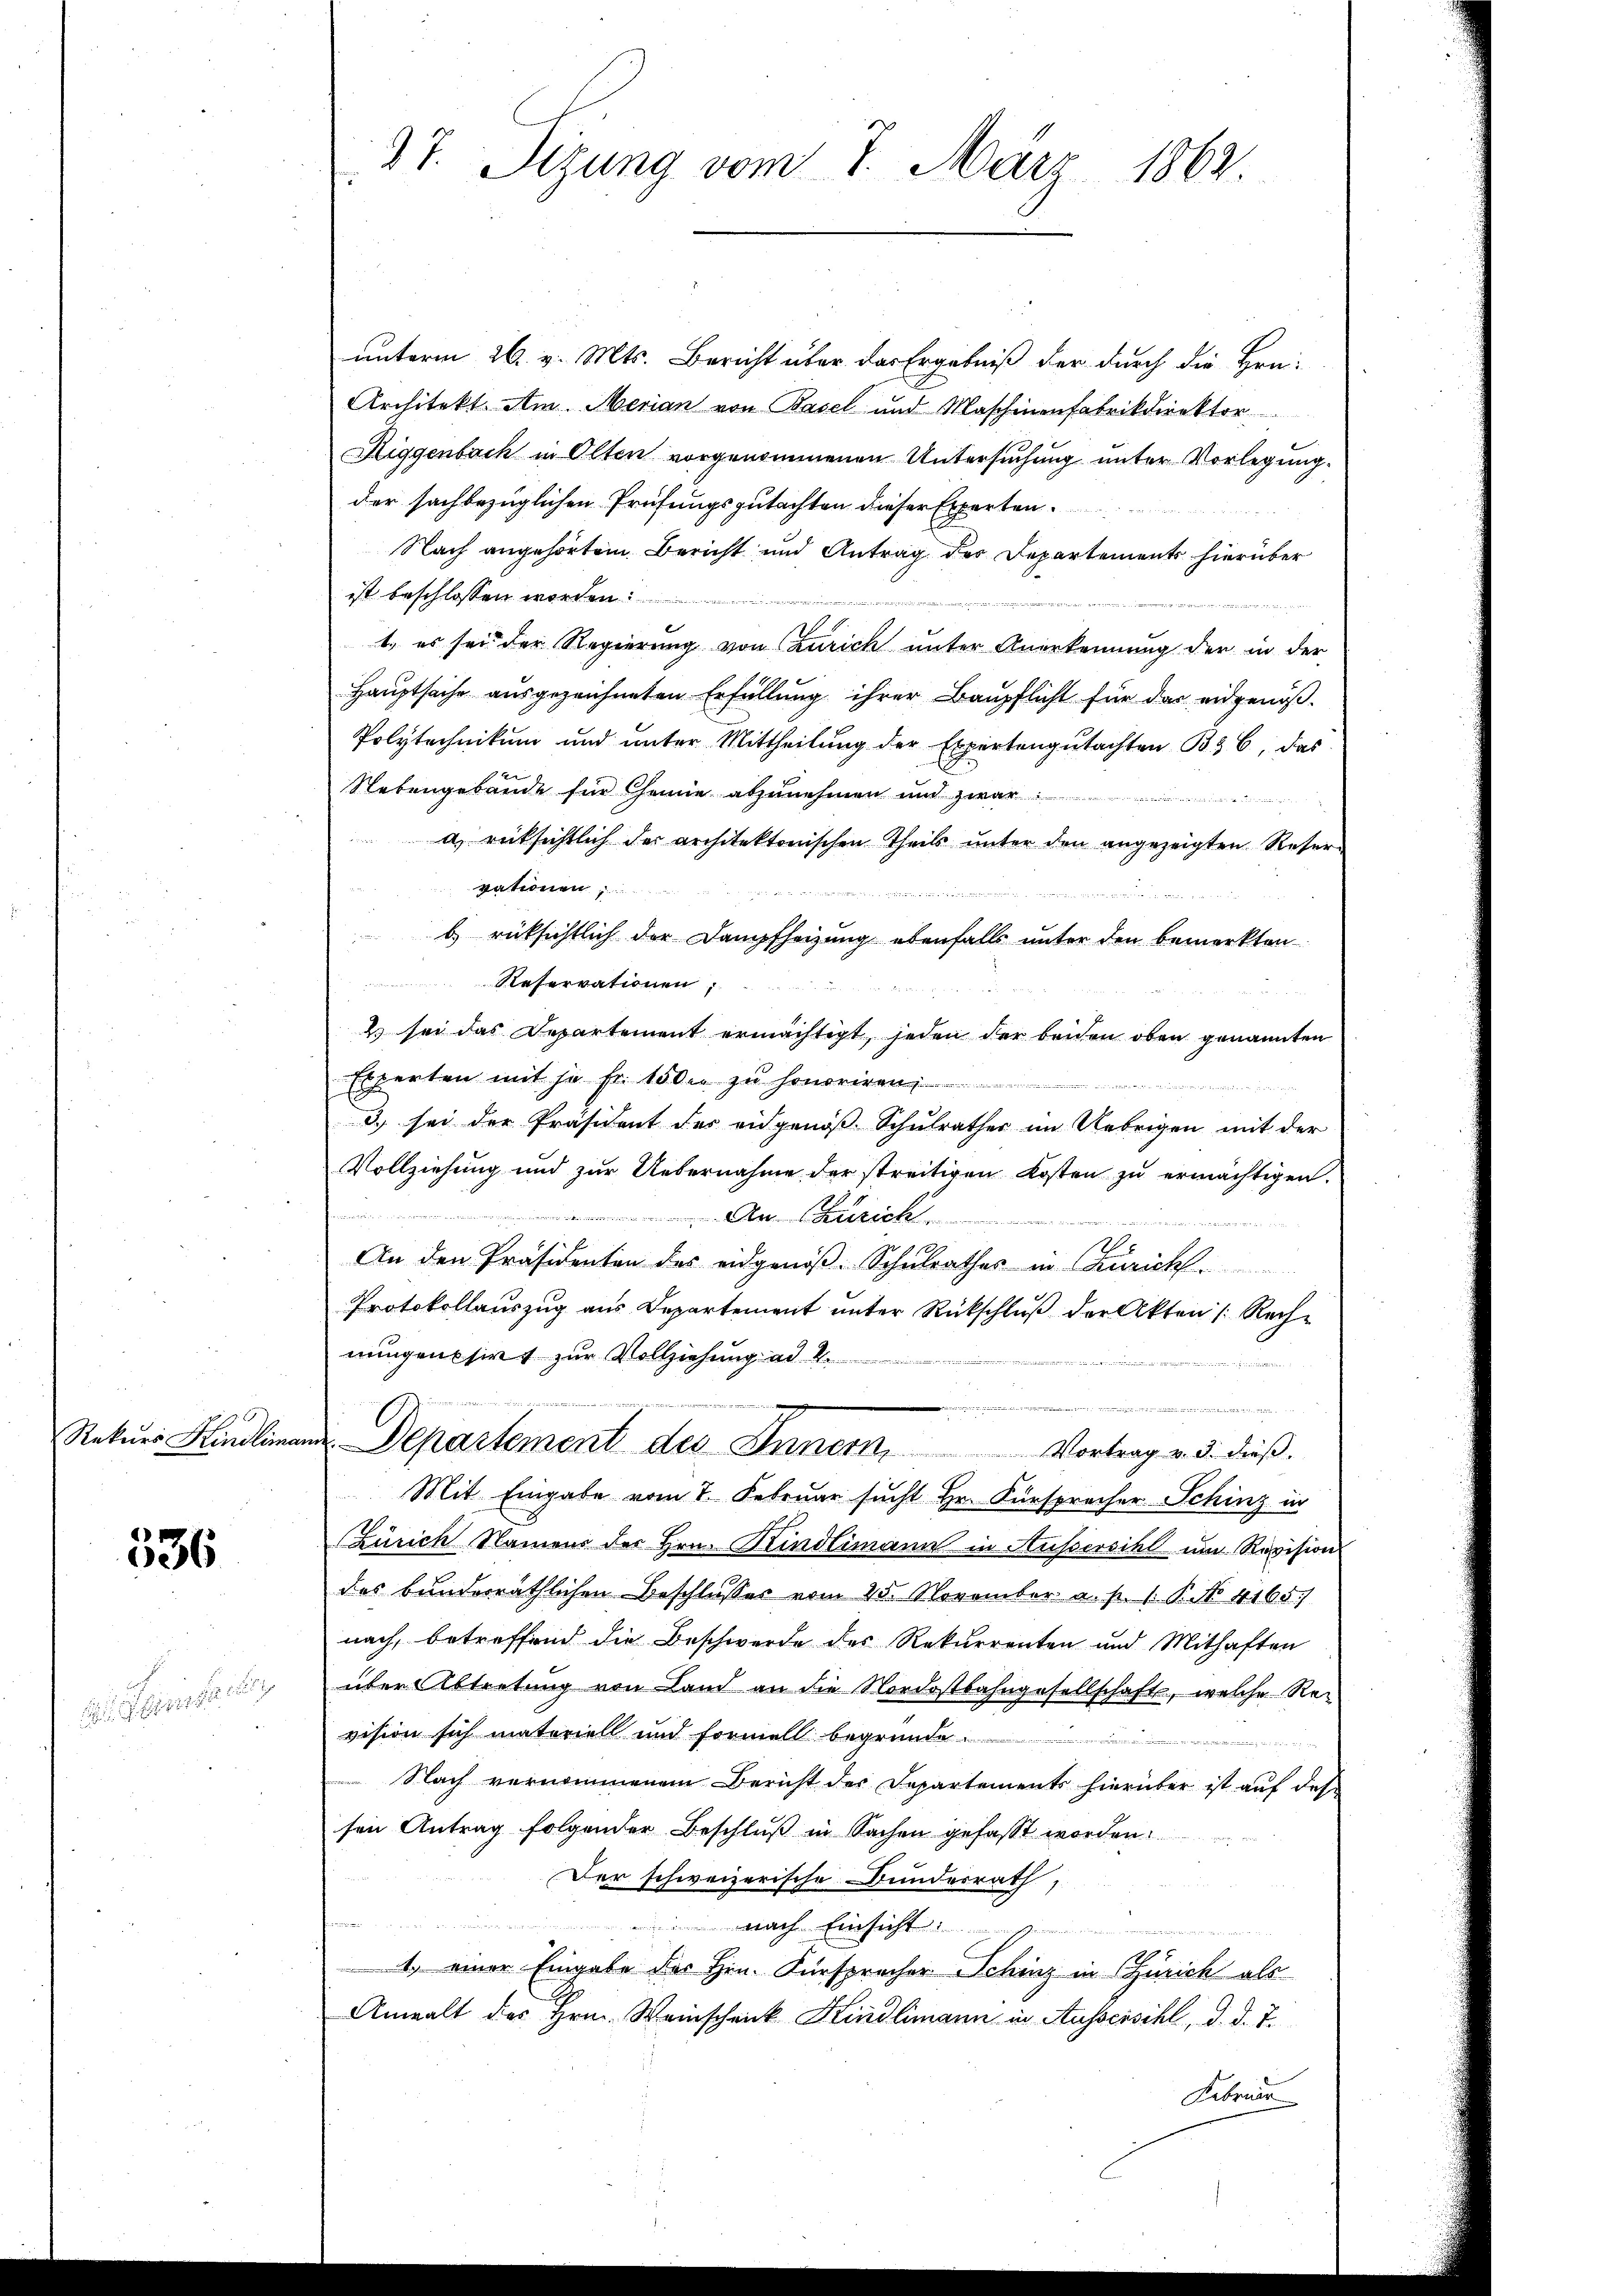
Rekurs Hindlima

536

erinter de

27. Sizung vom 7. März 1862.

unterm 26. v. Mts. Bericht über das Ergebniß der durch die Hrn.
Architekt. Am Merian von Basel und Maschinenfabrikdirektor
Riggenbach in Olten vorgenommenen Untersuchung unter Vorlegung.
der sachbezüglichen Prüfungsgutachten dieser Experten.
Nach angehörtem Bericht und Antrag des Departements hierüber
ist beschlossen worden.
1. es sei der Regierung von aurich unter Anerkennung der in der
Hauptsache ausgezeichneten Erfüllung ihrer Baupflicht für das eidgenöß¬
Polytechnikum und unter Mittheilŭng der Expertengŭtachten 336, das
Nebengebäude für Chemie abzunehmen und zwar
a. rücksichtlich der architektonischen Theils unter den angezeigten Reservationen,
b. rücksichtlich der Dampfheizung ebenfalls unter den bemerkten
Reservationen,
2 sei das Departement ermächtigt, jeden der beiden oben genannten
Experten mit je Fr. 150er zu honoriren.
3.) sei der Präsident des eidgenöß Schulrathes im Uebrigen mit der
Vollziehung und zur Uebernahme der streitigen Kosten zu ermächtigen.

An Zürich.

An den Präsidenten des eidgenöß-Schulrathes in Zürich
Protokollauszug aus Departement ŭnter Rückschlŭβ der Akten /: Rech-
nungenssirt zur Vollziehung ad 1.
n

um Departement des Innern, Vortrag v. 3. dieß.
Mit Eingabe vom 1. Februar sucht Hr. Fürsprecher Schinz in
Zürich Namens der Hrn. Kindlimann in Aussersihl um Revision
das bunderräthlichen Beschlusses vom 25. November a. p. 1. P. No 4165)
nach, betreffend die Beschwerde des Rekurrenten und Mithaften
über Abtretung von Land an die Nordostbahngesellschaft, welche Revision sich materiell und formell begründe
Nach vernommenem Bericht des Departements hierüber ist auf des
sen Antrag folgender Beschluß in Sachen gefaßt worden.
Der schweizerische Bunderrath,
¬
nach Einsicht.
1.) einer Eingabe des Hrn. Fürsprecher Schinz in Zürich als
Anwalt des Hrn. Weinscheick Kindlimann in Aussersihl, d. d. J.
Februin